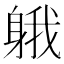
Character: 𨉐